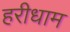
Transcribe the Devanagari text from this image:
हरीधाम